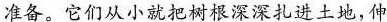
准备。它们从小就把树根深深扎进土地，伸